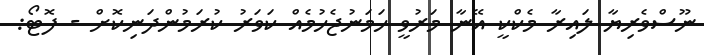
ނޫސްވެރިޔާ ލައިރާ މެކްކީ އޭނާ މަރުވީ ހަމަނުޖެހުމެއް ކަވަރު ކުރަމުންދަނިކޮށް - ފޮޓޯ: